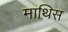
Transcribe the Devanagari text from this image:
माथिस